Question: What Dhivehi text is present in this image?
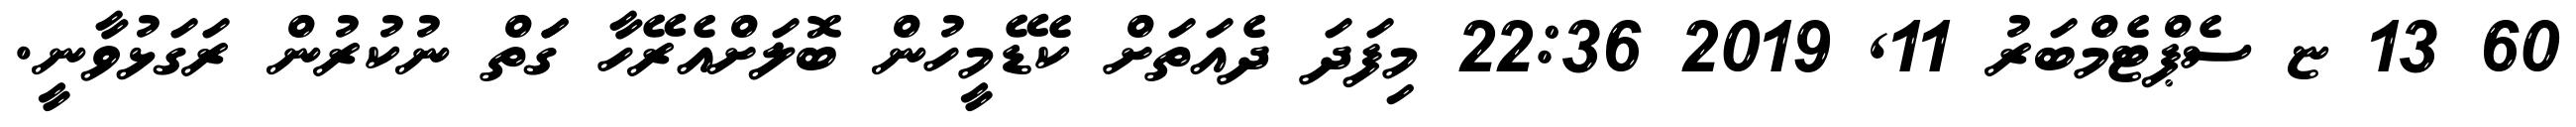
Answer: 60 13 ޏ ސެޕްޓެމްބަރު 11, 2019 22:36 މިފަދަ ދެއަތަށް ކެޑޭމީހުން ބޮލަށްއެރޭހާ ގަަތް ނުކުރުން ރަގަޅުވާނީ.